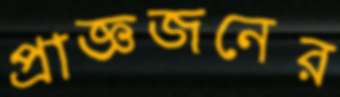
প্রাজ্ঞজনের